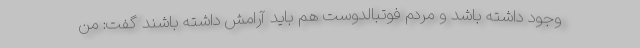
وجود داشته باشد و مردم فوتبالدوست هم باید آرامش داشته باشند گفت: من